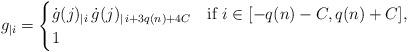
LaTeX: \begin{align*} g_{|i} = \begin{cases} \dot g(j)_{|i} \, \dot g(j)_{|\, i+3q(n)+4C} & \text{if $i \in [-q(n)-C,q(n)+C]$,} \\ 1 & \end{cases} \end{align*}